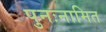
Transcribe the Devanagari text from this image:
पुनःनामित